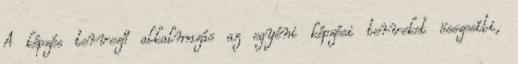
A képzés tervező alkalmazás az egyéni képzési terveket összesíti,